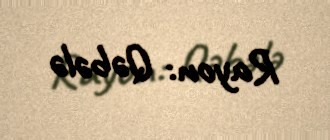
Rayon: Qəbələ